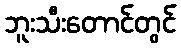
ဘူးသီးတောင်တွင်